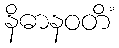
နိဓာနဝတိံ